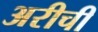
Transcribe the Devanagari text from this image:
अरीची